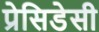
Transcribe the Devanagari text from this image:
प्रेसिडेसी